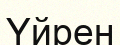
Үйрен